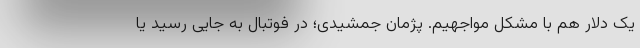
یک دلار هم با مشکل مواجهیم. پژمان جمشیدی؛ در فوتبال به جایی رسید یا